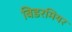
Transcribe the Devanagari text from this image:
बिडरमियर